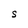
Character: S